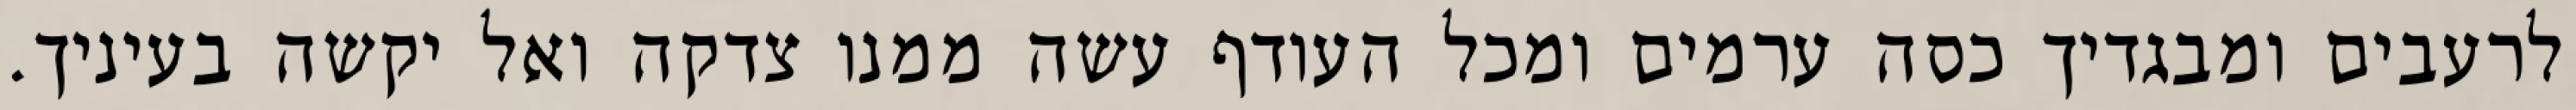
לרעבים ומבגדיך כסה ערמים ומכל העודף עשה ממנו צדקה ואל יקשה בעיניך.